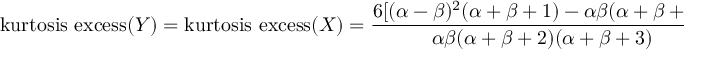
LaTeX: { \mathrm { k u r t o s i s ~ e x c e s s } } ( Y ) = { \mathrm { k u r t o s i s ~ e x c e s s } } ( X ) = { \frac { 6 [ ( \alpha - \beta ) ^ { 2 } ( \alpha + \beta + 1 ) - \alpha \beta ( \alpha + \beta + 2 ) ] } { \alpha \beta ( \alpha + \beta + 2 ) ( \alpha + \beta + 3 ) } }